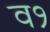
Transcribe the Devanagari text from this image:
व१